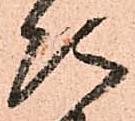
次